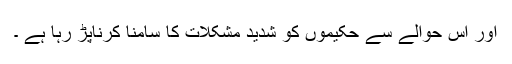
اور اس حوالے سے حکیموں کو شدید مشکلات کا سامنا کرناپڑ رہا ہے ۔